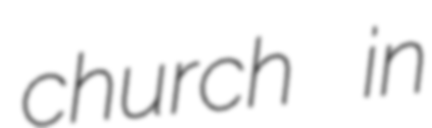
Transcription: church in